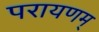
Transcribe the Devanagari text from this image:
परायणम्